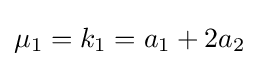
\mu _{1}=k_{1}=a_{1}+2a_{2}